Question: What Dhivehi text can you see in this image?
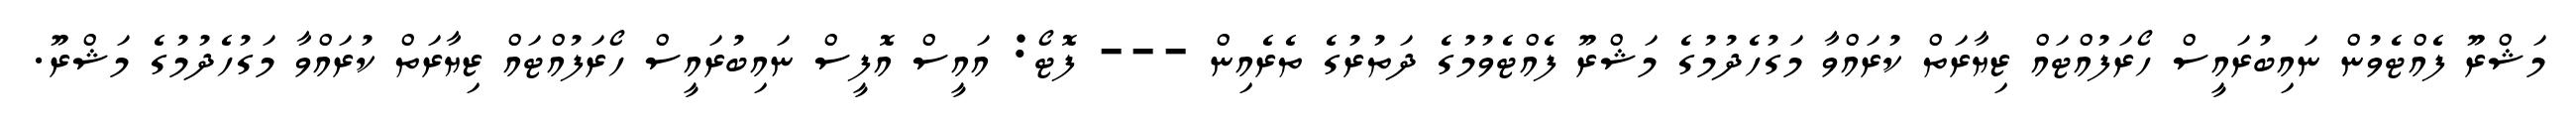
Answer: މަޝްރޫ ފެއްޓެވުން ނައިބުރައީސް ހޯރަފުއްޓައް ޒިޔާރަތް ކުރައްވާ މަގުހެދުމުގެ މަޝްރޫ ފެއްޓެވުމުގެ ދަތުރުގެ ތެރެއިން --- ފޮޓޯ: އައީސް އޮފީސް ނައިބުރައީސް ހޯރަފުއްޓައް ޒިޔާރަތް ކުރައްވާ މަގުހެދުމުގެ މަޝްރޫ.